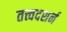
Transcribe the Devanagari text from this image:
तत्त्वदशर्न